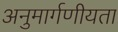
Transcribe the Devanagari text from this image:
अनुमार्गणीयता